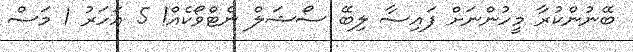
ބޭނުންކުރާ މީހުންނަށް ފައިސާ ލިބޭ ސޯޝަލް ނެޓްވޯކެއް! 5 އަހަރު 1 މަސް